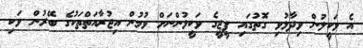
އެ ވަކީލުން ވިދާޅުވި ގޮތުގައި ޕީޖީގެ ވަކީލުންނަށް ވުމުން އިޖުރާއަތްތަކުގެ ބޭރުން ވަކި